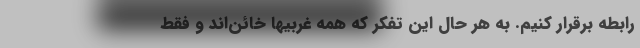
رابطه برقرار کنیم. به هر حال این تفکر که همه غربیها خائن‌اند و فقط